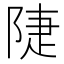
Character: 𨺇